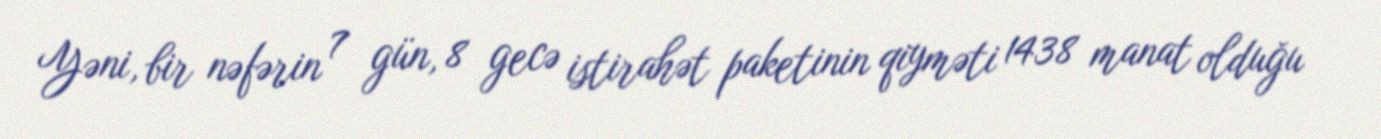
Yəni, bir nəfərin 7 gün, 8 gecə istirahət paketinin qiyməti 1438 manat olduğu